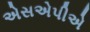
એસએપીએ